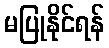
မပြုနိုင်ရန်